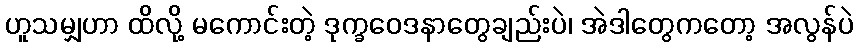
ဟူသမျှဟာ ထိလို့ မကောင်းတဲ့ ဒုက္ခဝေဒနာတွေချည်းပဲ၊ အဲဒါတွေကတော့ အလွန်ပဲ